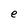
Character: e